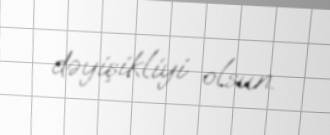
dəyişikliyi olsun.